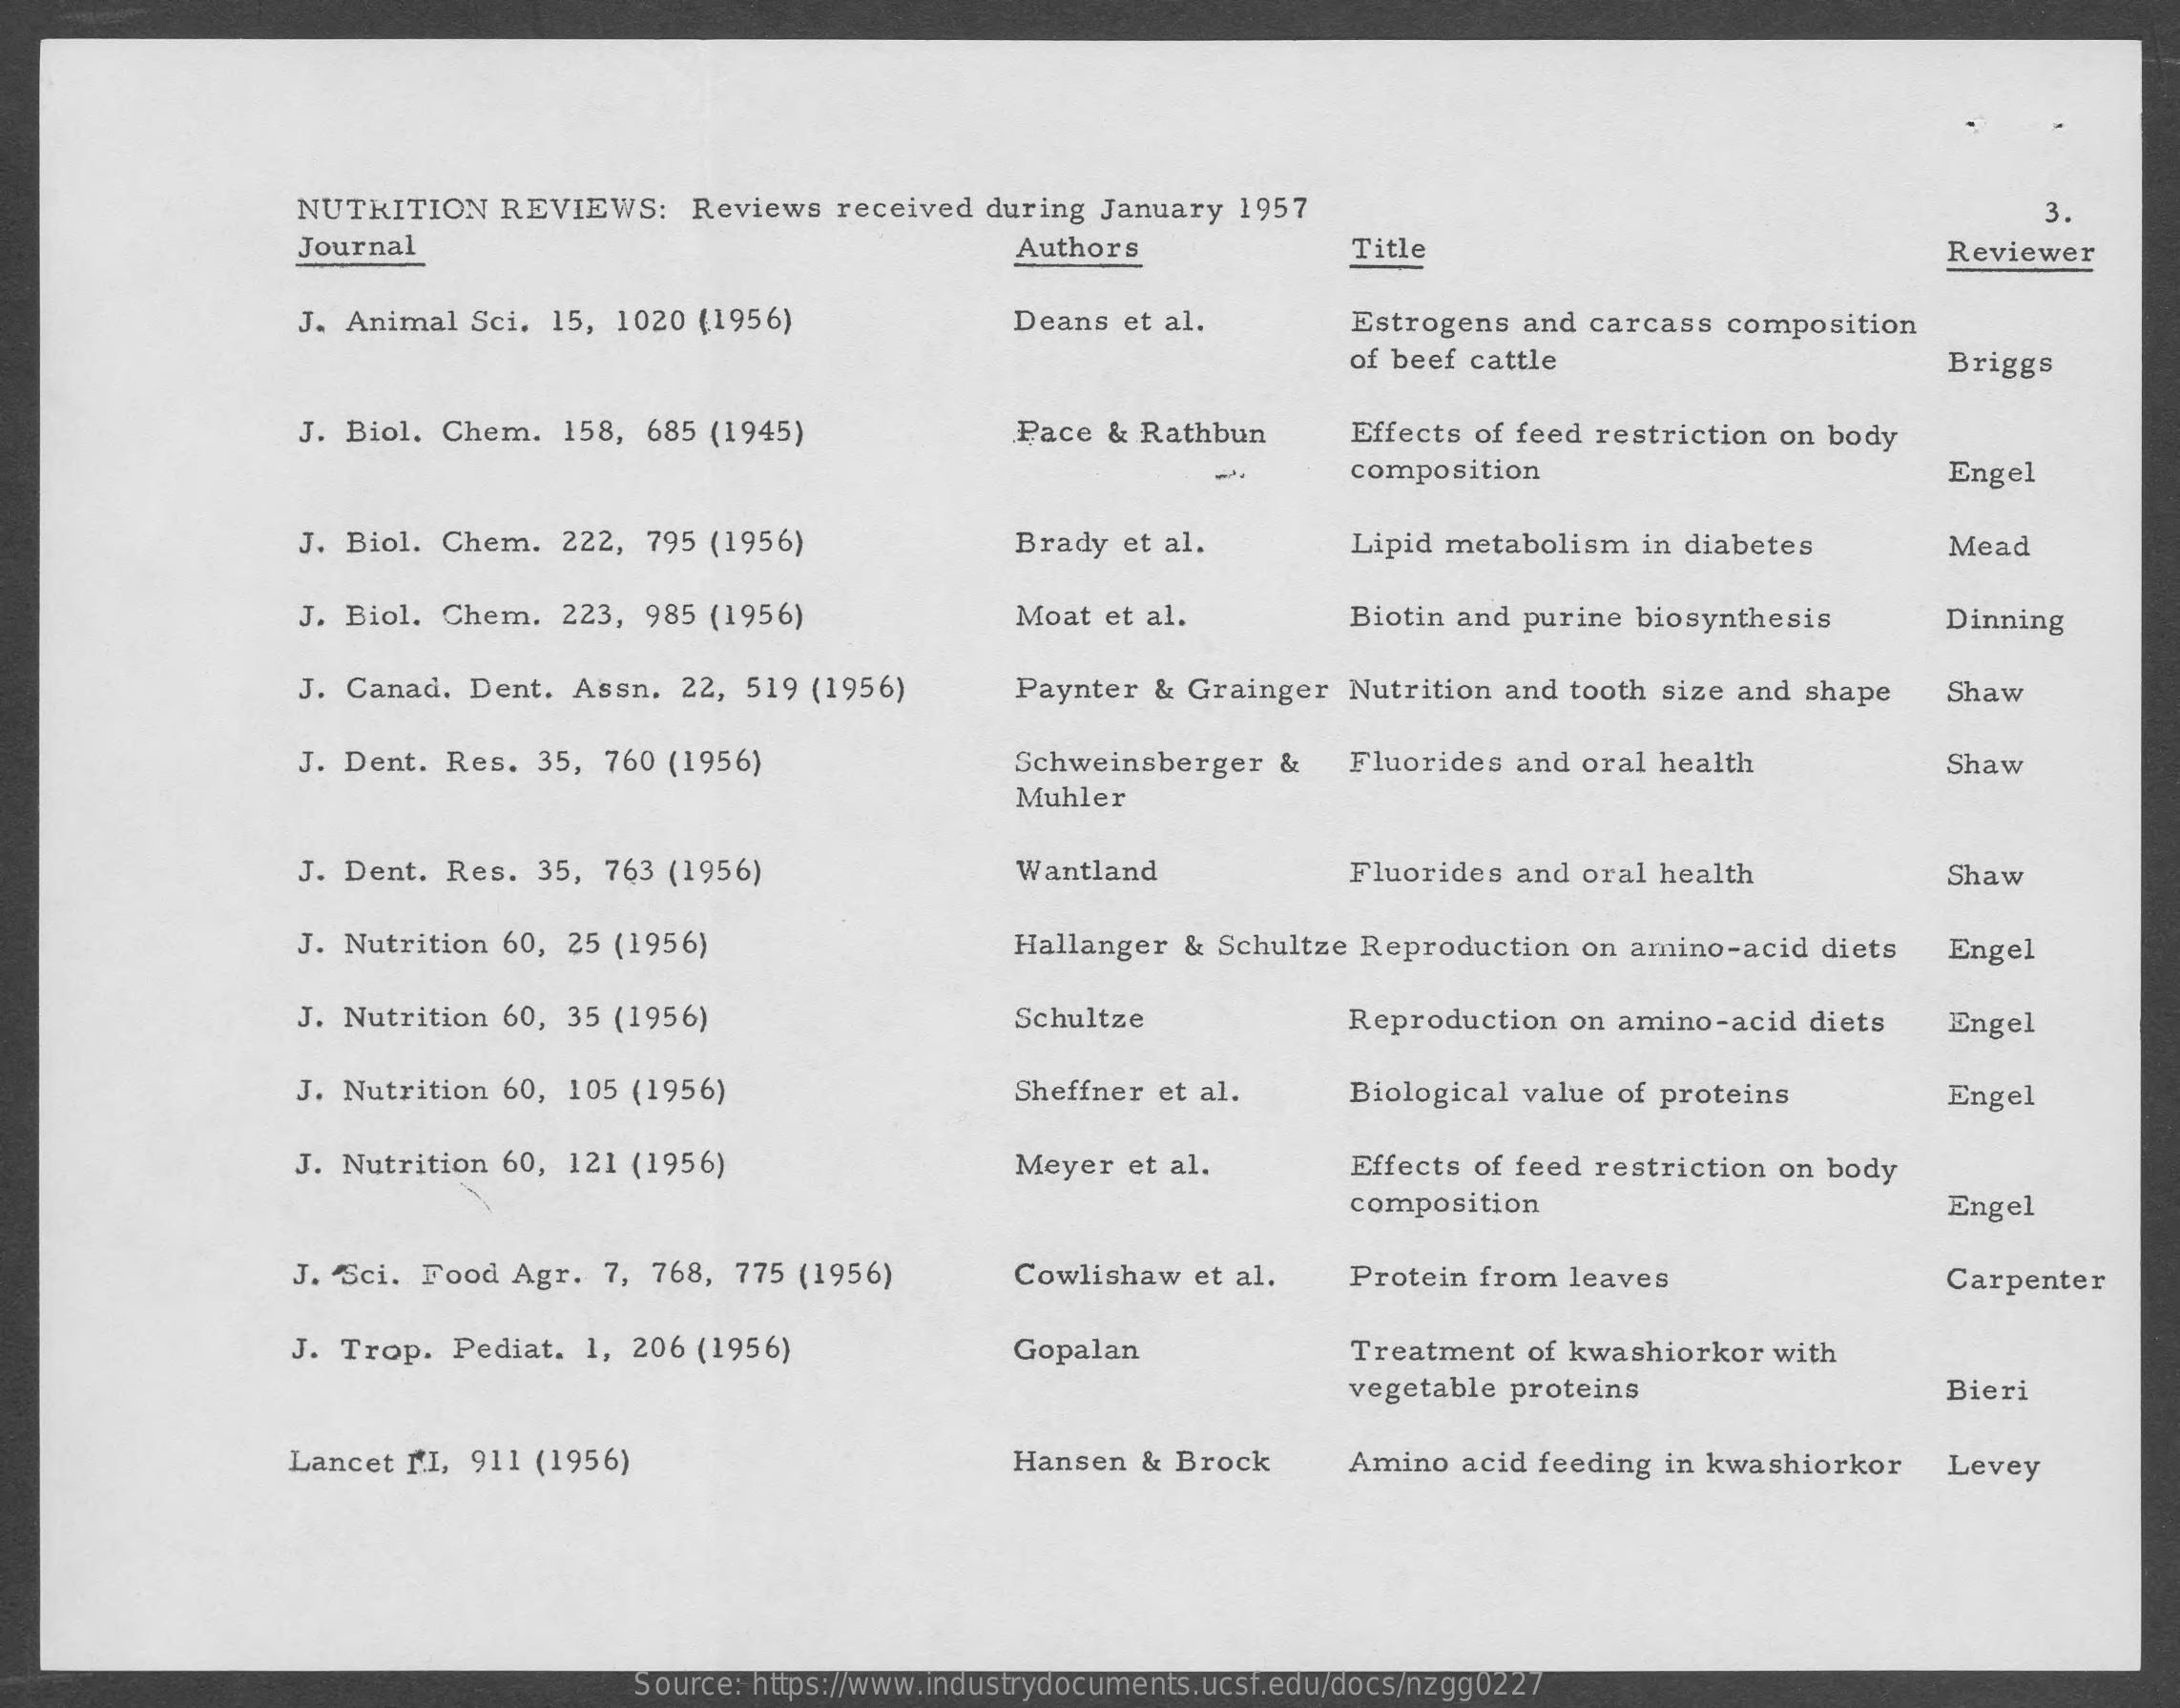
NUTRITION REVIEWS: Reviews received during January 1957    3.
     Journal    Authors    Title    Reviewer
     J. Animal Sci. 15, 1020 (1956)   Deans et al.    Estrogens and carcass composition
     of beef cattle    Briggs
     J. Biol. Chem. 158, 685 (1945)   Pace & Rathbun  Effects of feed restriction on body
     composition    Engel
     J. Biol. Chem. 222, 795 (1956)   Brady et al.    Lipid metabolism in diabetes Mead
     J. Biol. Chem. 223, 985 (1956)   Moat et al.    Biotin and purine biosynthesis Dinning
     J. Canad. Dent. Assn. 22, 519 (1956) Paynter & Grainger Nutrition and tooth size and shape Shaw
     J. Dent. Res. 35, 760 (1956)    Schweinsberger & Fluorides and oral health Shaw
     Muhler
     J. Dent. Res. 35, 763 (1956)    Wantland    Fluorides and oral health   Shaw
     J. Nutrition 60, 25 (1956)    Hallanger & Schultze Reproduction on amino-acid diets Engel
     J. Nutrition 60, 35 (1956)    Schultze    Reproduction on amino-acid diets Engel
     J. Nutrition 60, 105 (1956)    Sheffner et al. Biological value of proteins Engel
     J. Nutrition 60, 121 (1956)    Meyer et al.    Effects of feed restriction on body
     composition    Engel
     J. Sci. Food Agr. 7, 768, 775 (1956) Cowlishaw et al. Protein from leaves   Carpenter
     J. Trop. Pediat. 1, 206 (1956)   Gopalan    Treatment of kwashiorkor with
     vegetable proteins    Bieri
     Lancet MI, 911 (1956)    Hansen & Brock Amino acid feeding in kwashiorkor Levey
     Source: https://www.industrydocuments.ucsf.edu/docs/nzgg0227